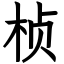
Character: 桢